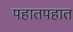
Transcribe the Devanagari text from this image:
पहातपहात